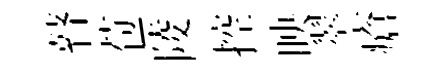
瞽苞陵控映翠瘡